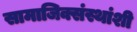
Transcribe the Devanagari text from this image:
सामाजिक्संस्थांशी